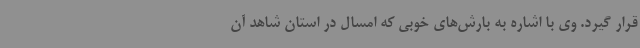
قرار گیرد. وی با اشاره به بارش‌های خوبی که امسال در استان شاهد آن